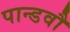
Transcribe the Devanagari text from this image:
पान्डवौ